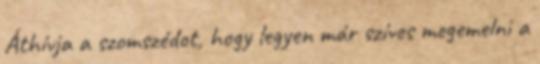
Áthívja a szomszédot, hogy legyen már szíves megemelni a